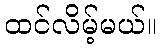
ထင်လိမ့်မယ်။